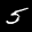
Label: 5